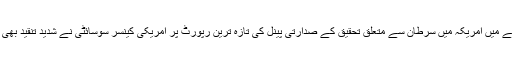
اس سلسلے میں امریکہ میں سرطان سے متعلق تحقیق کے صدارتی پینل کی تازہ ترین رپورٹ پر امریکی کینسر سوسائٹی نے شدید تنقید بھی کی ہے۔